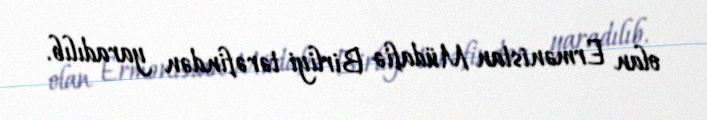
olan Ermənistan Müdafiə Birliyi tərəfindən yaradılıb.